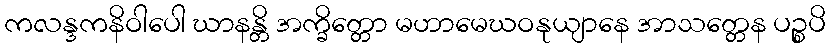
ကလန္ဒကနိဝါပေါ ဃာနန္တိ အက္ခိတ္တော မဟာမေဃဝနုယျာနေ အာသတ္တေန ပဉ္စပိ